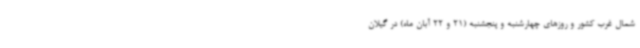
شمال غرب کشور و روزهای چهارشنبه و پنجشنبه (21 و 22 آبان ماه) در گیلان